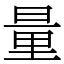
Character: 量